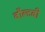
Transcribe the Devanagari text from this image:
बौल्टबी